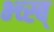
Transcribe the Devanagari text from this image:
भ्च्स्ब्